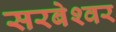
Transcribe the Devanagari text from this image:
सरबेश्‍वर